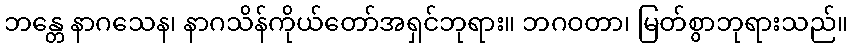
ဘန္တေ နာဂသေန၊ နာဂသိန်ကိုယ်တော်အရှင်ဘုရား။ ဘဂဝတာ၊ မြတ်စွာဘုရားသည်။